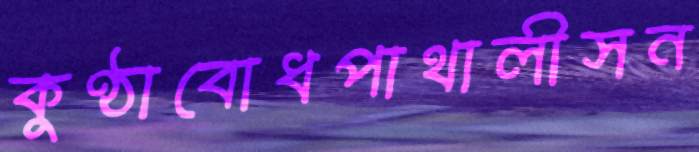
কুণ্ঠাবোধপাথালীসন